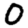
Digit: 0